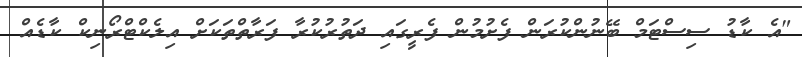
"އެ ކާޑު ސިސްޓަމް ބޭނުންކުރަން ފެށުމުން ފެރީގައި ދަތުރުކުރާ ފަރާތްތަކަށް އިލެކްޓްރޯނިކް ކާޑެއް